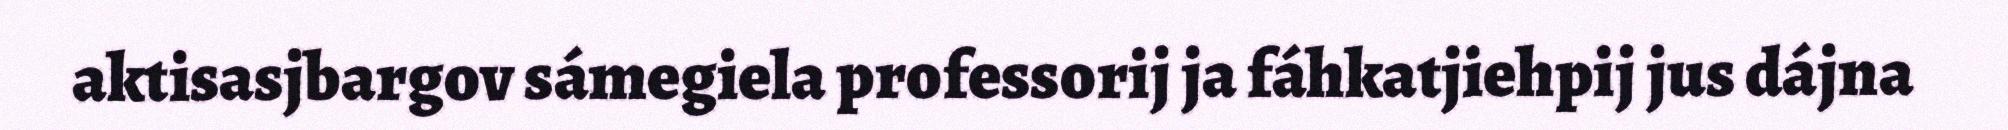
aktisasjbargov sámegiela professorij ja fáhkatjiehpij jus dájna